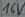
Text: 16V